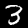
Digit: 3